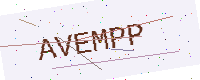
Text: AVEMPP